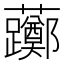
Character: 𫊛